Report on the working of the mental hospitals for Indians in Bihar and Orissa - 1925-1929
Year: 1925
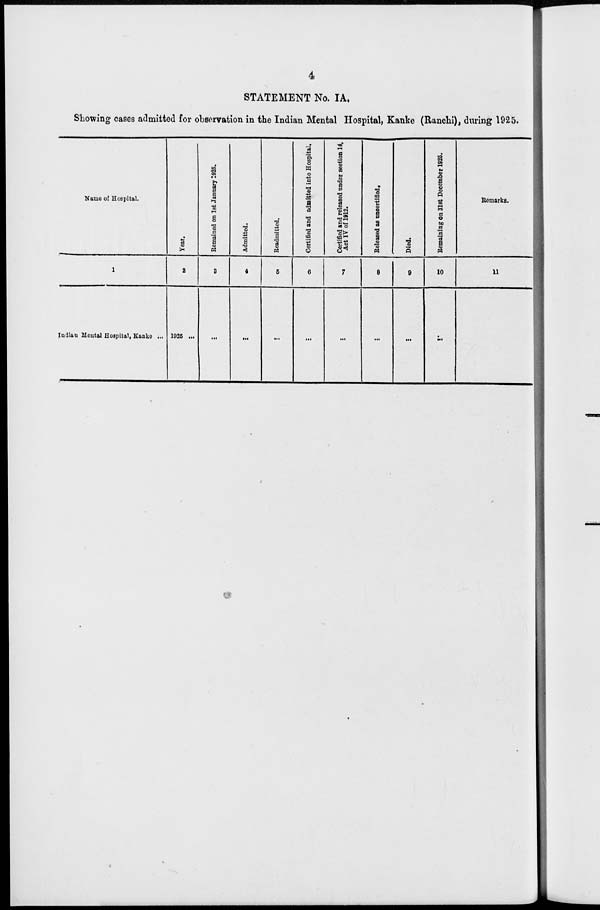
4
STATEMENT No. IA.
Showing cases admitted for observation in the Indian Mental Hospital, Kanke (Ranchi), during 1925.
Name of Hospital.
1
Indian Mental Hospital, Kanke ...
Year.
2
1925 ...
Remained
on 1st January 1925.
3
...
Admitted.
4
...
Readmitted.
5
...
Certified and admitted into Hospital.
6
...
Certified and released under section 14,
Act IV of 1912.
7
...
Released as uncertified.
8
...
Died.
9
...
Remaining on 31st December 1925.
10
Remarks.
11